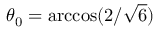
\theta _ { 0 } = \operatorname { a r c c o s } ( 2 / \sqrt { 6 } )